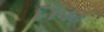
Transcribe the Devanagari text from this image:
निपढ़